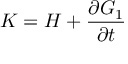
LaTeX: K = H + { \frac { \partial G _ { 1 } } { \partial t } }